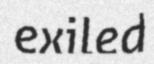
exiled